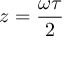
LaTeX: z = { \frac { \omega \tau } { 2 } }